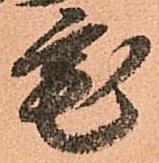
宅